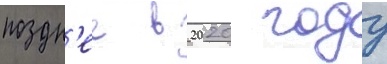
поздн'ее в 2020 году